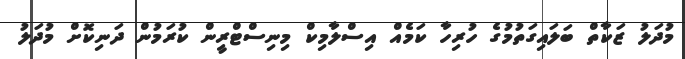
މުދަލު ޒަކާތް ބަލައިގަތުމުގެ ހުރިހާ ކަމެއް އިސްލާމިކް މިނިސްޓްރީން ކުރަމުން ދަނިކޮށް މުދަލު